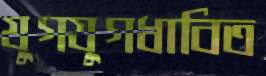
যুগযুগধাবিত